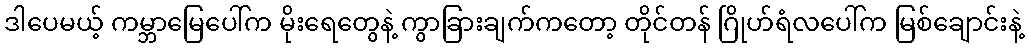
ဒါပေမယ့် ကမ္ဘာမြေပေါ်က မိုးရေတွေနဲ့ ကွာခြားချက်ကတော့ တိုင်တန် ဂြိုဟ်ရံလပေါ်က မြစ်ချောင်းနဲ့